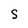
Character: S